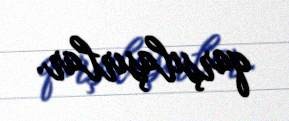
qarşılaşırlar.